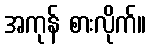
အကုန် စားလိုက်။